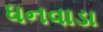
ધનવાડા